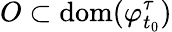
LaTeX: O\subset\mathrm{dom}(\varphi_{t_{0}}^{\tau})